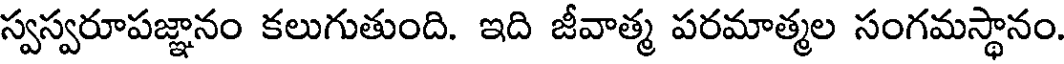
స్వస్వరూపజ్ఞానం కలుగుతుంది. ఇది జీవాత్మ పరమాత్మల సంగమస్థానం.